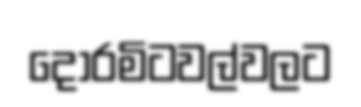
දොරමිටවල්වලට